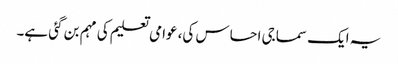
یہ ایک سماجی احساس کی، عوامی تعلیم کی مہم بن گئی ہے۔